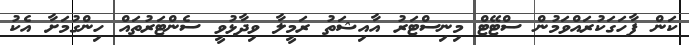
ކަން ފާހަގަކުރައްވަމުން ސްޓޭޓް މިނިސްޓަރު އާއިޝަތު ރަމީލާ ވިދާޅުވީ ސެންޓަރުތައް ހިންގުމަށާ އެކު